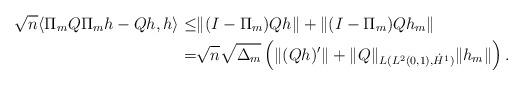
LaTeX: \begin{align*} \sqrt n\langle\Pi_m Q\Pi_m h -Qh,h\rangle\leq & \|(I-\Pi_m)Qh\|+ \|(I-\Pi_m)Qh_m\|\\ = &\sqrt n \sqrt{\Delta_m}\left(\|(Qh)'\|+\|Q\|_{L_{}(L^2(0,1),\dot H^1)}\|h_m\|\right). \end{align*}